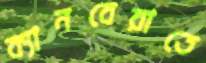
ক্যানবেরাতে